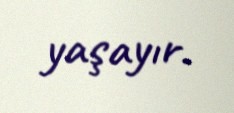
yaşayır.